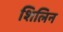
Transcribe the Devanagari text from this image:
शिलिन